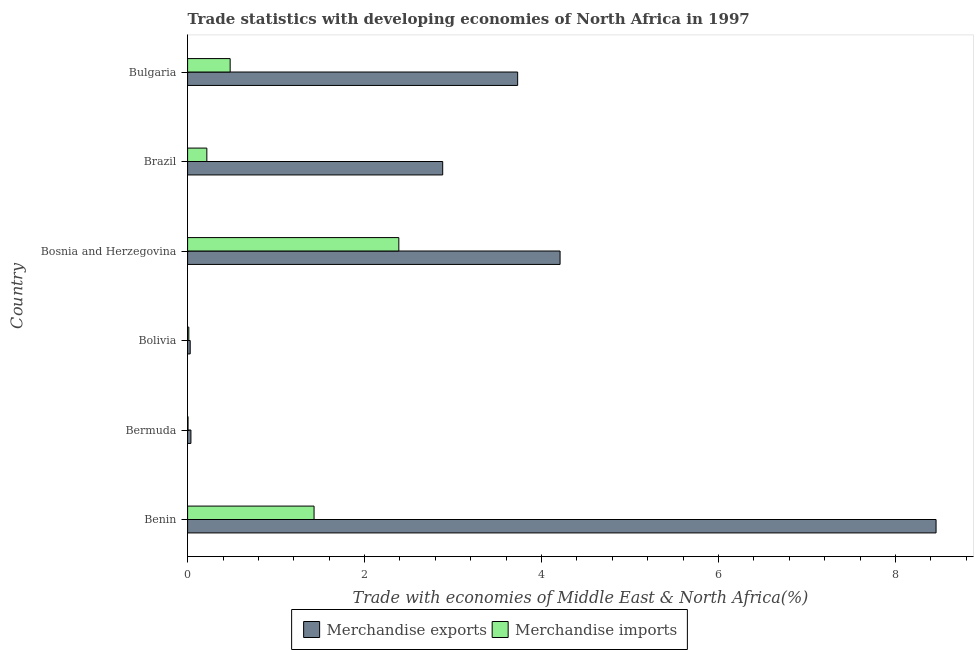
| Country | Merchandise exports | Merchandise imports |
 | --- | --- | --- |
 | Benin | 8.46 | 1.43 |
 | Bermuda | 0.0376 | 0.005 |
 | Bolivia | 0.0294 | 0.0137 |
 | Bosnia and Herzegovina | 4.21 | 2.39 |
 | Brazil | 2.88 | 0.218 |
 | Bulgaria | 3.73 | 0.481 |